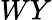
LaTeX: WY